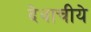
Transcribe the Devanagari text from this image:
देवाचीये